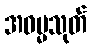
အဓမ္မသုတ်